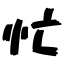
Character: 忙